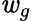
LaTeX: \mathit{w}_{g}